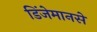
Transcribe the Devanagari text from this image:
डिंजेमानसे